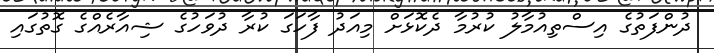
ދުންފަތުގެ އިސްތިއުމާލު ކުރުމާ ދެކޮޅަށް މިއަދު ފާހަގަ ކުރާ ދުވަހުގެ ޝިއާރެއްގެ ގޮތުގައި